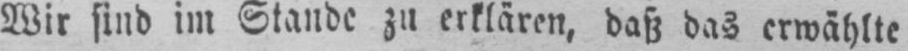
Wir sind im Stande zu erklären, daß das erwählte